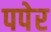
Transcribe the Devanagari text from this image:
पपेर